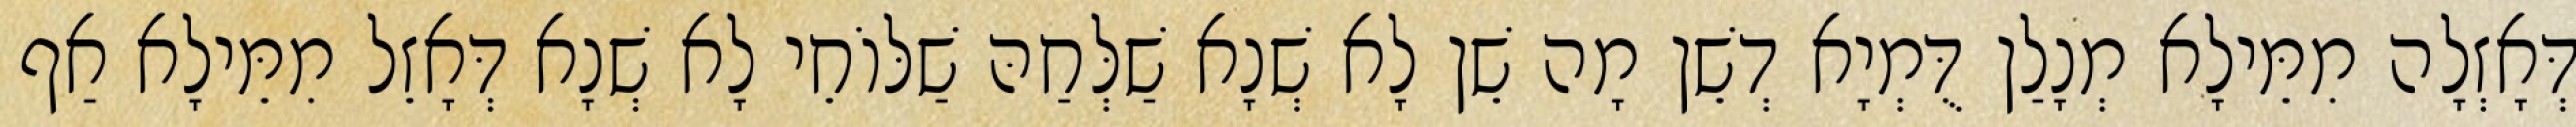
דְּאָזְלָה מִמֵּילָא מְנָלַן דֻּמְיָא דְשֵׁן מָה שֵׁן לָא שְׁנָא שַׁלְּחַהּ שַׁלּוֹחֵי לָא שְׁנָא דְּאָזֵל מִמֵּילָא אַף